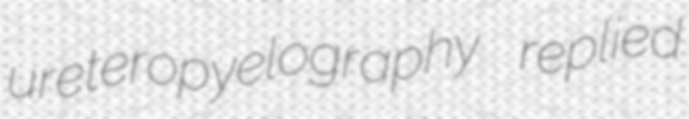
ureteropyelography replied